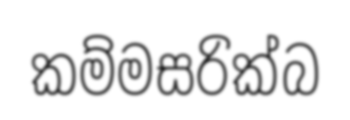
කම්මසරික්බ